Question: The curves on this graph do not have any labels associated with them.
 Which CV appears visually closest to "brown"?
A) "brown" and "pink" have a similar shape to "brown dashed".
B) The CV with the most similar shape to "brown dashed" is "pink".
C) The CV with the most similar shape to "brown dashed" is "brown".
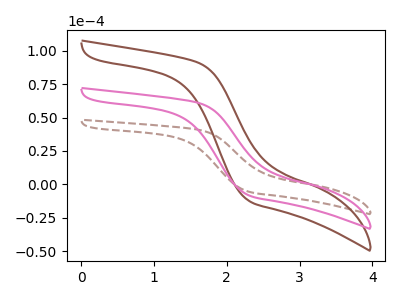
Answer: <think>The brown dashed curve "brown dashed" has no peaks. The brown curve "brown" has no peaks. The pink curve "pink" has no peaks.
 Neither "brown dashed" or "brown" have any peaks. Neither "brown dashed" or "pink" have any peaks. Neither "brown" or "pink" have any peaks.</think>
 <answer>A) "brown" and "pink" have a similar shape to "brown dashed".</answer>
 <eval>A</eval>